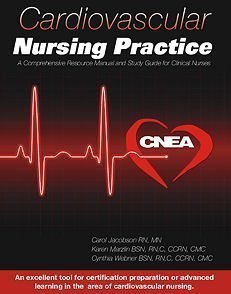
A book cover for Cardiovascular Nursing Practice: A Comprehensive Resource Manual and Study Guide for Clinical Nurses; Carol Jacobson; Medical Books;